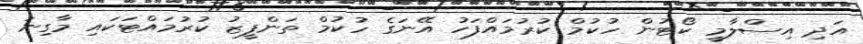
އަދި އިސްލާމީ ކޯޓުން ހުކުމް ކުރުމައްފަހު އޭނަގެ ހުކުމް ތަންފީޒު ކުރުމައްޓަކައި މާގިނަ